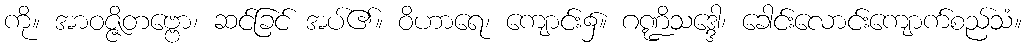
ကို။ အာဝဇ္ဇိတဗ္ဗော၊ ဆင်ခြင် အပ်၏။ ဝိဟာရေ၊ ကျောင်း၌။ ဂဏ္ဍိသဒ္ဒေါ၊ ခေါင်းလောင်းကျောက်စည်သံ။